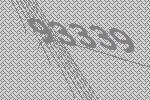
93339